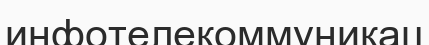
инфотелекоммуникац